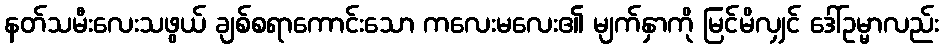
နတ်သမီးလေးသဖွယ် ချစ်စရာကောင်းသော ကလေးမလေး၏ မျက်နှာကို မြင်မိလျှင် ဒေါ်ဥမ္မာလည်း